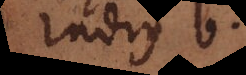
radius b.